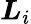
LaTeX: \boldsymbol{L}_{i}